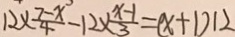
1 2 \times \frac { 7 - x } { 4 } - 1 2 \times \frac { x - 1 } { 3 } = ( x + 1 ) 1 2